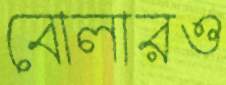
বোলারও